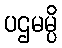
ပဌမမ္ပိ